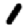
Digit: 1